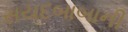
સયદબાબાની